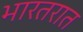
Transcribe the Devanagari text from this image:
भारतरात